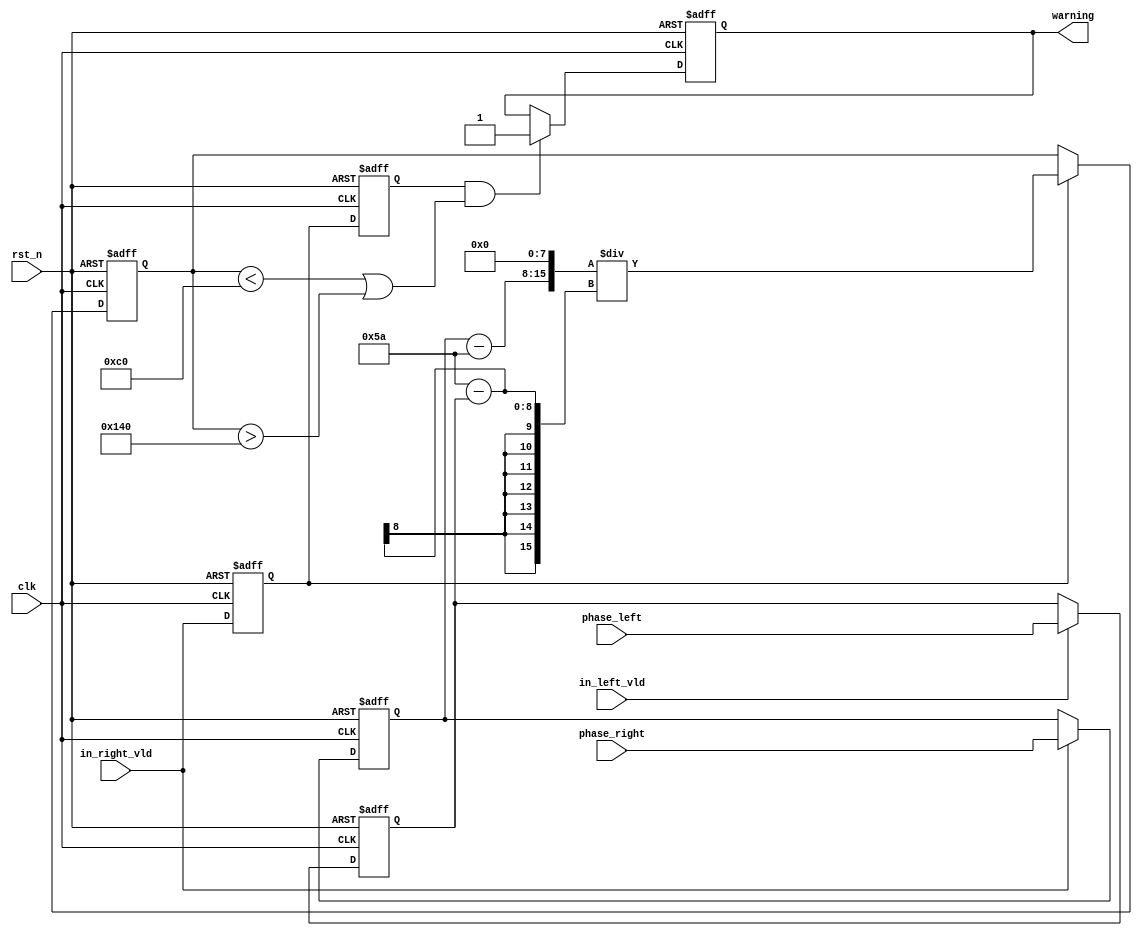
module departure_warning
(
    input   wire         rst_n       ,
    input   wire         clk         ,
    input   wire         in_left_vld      ,
    input   wire         in_right_vld      ,
    input   wire  [7:0]  phase_left  ,  // rho max 
    input   wire  [7:0]  phase_right ,  // rho max 

    output reg           warning        
);

reg  [7:0]  phase_left_d ;
reg  [7:0]  phase_right_d;

reg phase_vld_d1,phase_vld_d2;

// 
// rate = | (phase_right - 90) / (90 - phase_left) |
//  rate = 1
// rate > 1rate < 1
reg  [15:0]  departure_rate;
//reg  [5:0]  warning_time_cnt;// warning50clk

// clk1
// 
// 
always @(posedge clk or negedge rst_n) begin
    if(!rst_n) 
        phase_left_d  <= 8'd0;
    else if(in_left_vld)
        phase_left_d <= phase_left;
end
// 
always @(posedge clk or negedge rst_n) begin
    if(!rst_n) 
        phase_right_d <= 8'd0;
    else if(in_right_vld)
        phase_right_d <= phase_right;
end
// clk2 
always @(posedge clk or negedge rst_n) begin
    if(!rst_n) 
        departure_rate <= 15'd0;
    else if(phase_vld_d1)
        departure_rate <= ((phase_right_d - 8'd90) << 8)/(8'd90 - phase_left_d);
end
// clk3 
// (0.75~1.25)  256 = 192~320
always @(posedge clk or negedge rst_n) begin
    if(!rst_n) 
        warning <= 1'd0;
    else if((phase_vld_d2 == 1'b1) && ((departure_rate < 16'd192) || (departure_rate > 16'd320)))
        warning <= 1'b1;            
end

//always @(posedge clk or negedge rst_n) begin
//    if(!rst_n) 
//        warning_time_cnt <= 6'd0;
//    else if(warning_time_cnt == 6'd50)
//        warning_time_cnt <= 6'd0;
//    else
//        warning_time_cnt <= warning_time_cnt + 1'd1;
//end
// 
always @(posedge clk or negedge rst_n) begin
    if(!rst_n) begin
        phase_vld_d1 <= 1'd0;
        phase_vld_d2 <= 1'd0;        
    end
    else begin
        phase_vld_d1 <= in_right_vld;
        phase_vld_d2 <= phase_vld_d1;        
    end
end

endmodule